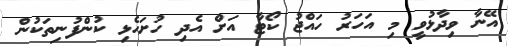
އޭނާ ވިދާޅުވީ މި އަހަރު ހައްޖު ކޯޓާ އަށް އެދި ހުށަހެޅި ކުންފުނިތަކުން